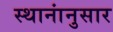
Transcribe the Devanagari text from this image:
स्थानांनुसार